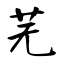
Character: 芜